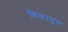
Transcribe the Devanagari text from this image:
बिळातून